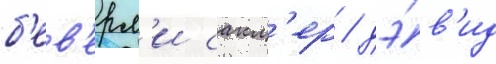
б'ев'ерл'и сакл'ер / дэ́в'ид